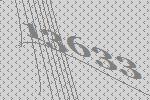
13633